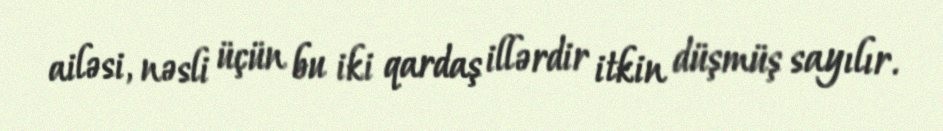
ailəsi, nəsli üçün bu iki qardaş illərdir itkin düşmüş sayılır.